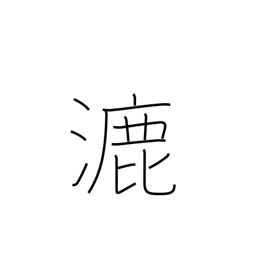
Meaning: spread out thin